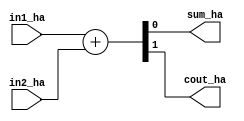
`timescale 1ns / 1ps

// Half Adder 

module HA(in1_ha, in2_ha, sum_ha, cout_ha);
input in1_ha, in2_ha;
output sum_ha, cout_ha;

assign {cout_ha,sum_ha} = in1_ha + in2_ha;

endmodule

// Full Adder

module FA(in1_fa, in2_fa, cin_fa, sum_fa, cout_fa);

input in1_fa, in2_fa, cin_fa;
output sum_fa, cout_fa;

assign {cout_fa,sum_fa} = in1_fa + in2_fa + cin_fa;

endmodule

// Exact 4-2 compressor

module EXACT(x4_ex, x3_ex, x2_ex, x1_ex, cin_ex, sum_ex, carry_ex, cout_ex);

input x4_ex, x3_ex, x2_ex, x1_ex, cin_ex;
output sum_ex, carry_ex, cout_ex;

assign sum_ex = x4_ex ^ x3_ex ^ x2_ex ^ x1_ex ^ cin_ex;
assign cout_ex = (x2_ex ^ x1_ex)&(x3_ex) | (~(x2_ex ^ x1_ex))&(x1_ex);
assign carry_ex = ((x4_ex ^ x3_ex ^ x2_ex ^ x1_ex)&(cin_ex)) | (~(x4_ex ^ x3_ex ^ x2_ex ^ x1_ex))&(x4_ex);
assign b1 = (~(x4_ex ^ x3_ex ^ x2_ex ^ x1_ex));
assign b2 = b1 &(x4_ex);
assign a1 = (x4_ex ^ x3_ex ^ x2_ex ^ x1_ex);
assign a2 = a1&(cin_ex);

endmodule


// Pro 5 approximate compressor

module APPROX_PRO5(x4_ap, x3_ap, x2_ap, x1_ap, sum_ap, cout_ap);

input x4_ap, x3_ap, x2_ap, x1_ap;
output sum_ap, cout_ap;
wire d1,d2,d3,d4,O2,O3,O4;

assign d1 = ~(x1_ap | x2_ap);
assign d2 = ~(x3_ap | x4_ap);
assign d3 = ~(x1_ap & x2_ap);
assign d4 = ~(x3_ap & x4_ap);
assign O2 = (d1 | d2) | (d3 & d4);
assign O3 = (d1 | d2) & (d3 & d4);
assign O4 = d1 & d2;

assign sum_ap = (O3 & (~O4)) | (~O2);
assign cout_ap = ~O3;

endmodule

// Now we are starting the top level module

module Eight_bit_multiplier;

wire [7:0] A=8'b11010011;
wire [7:0] B=8'b11001110;
//output wire [15:0] y;
wire  pp [7:0][7:0];
wire pp2 [3:0][14:0];
wire pp3 [1:0][14:0];
wire pp4 [15:0];
wire carry_e0,carry_e1,carry_e2;

// generating partial products 

genvar i;
genvar j;

for(i = 0; i<8; i=i+1)begin

   for(j = 0; j<8;j = j+1)begin
      assign pp[i][j] = A[j]*B[i];
end
end

// partial products generated

assign pp2[0][0] = pp[0][0];
assign pp2[1][0] = 1'b0;
assign pp2[2][0] = 1'b0;
assign pp2[3][0] = 1'b0;

assign pp2[0][1] = pp[0][1];
assign pp2[1][1] = pp[1][0];
assign pp2[2][1] = 1'b0;
assign pp2[3][1] = 1'b0;

assign pp2[0][2] = pp[0][2];
assign pp2[1][2] = pp[1][1];
assign pp2[2][2] = pp[2][0];
assign pp2[3][2] = 1'b0;

assign pp2[0][3] = pp[0][3];
assign pp2[1][3] = pp[1][2];
assign pp2[2][3] = pp[2][1];
assign pp2[3][3] = pp[3][0];

HA h0 (pp[0][4], pp[1][3], pp2[0][4], pp2[1][5]);
assign pp2[1][4] = pp[2][2];
assign pp2[2][4] = pp[3][1];
assign pp2[3][4] = pp[4][0];

APPROX_PRO5 ap0 (pp[0][5], pp[1][4], pp[2][3], pp[3][2], pp2[0][5], pp2[1][6]);
assign pp2[2][5] = pp[4][1];
assign pp2[3][5] = pp[5][0];

assign pp2[3][6] = pp[6][0];
HA h1 (pp[4][2], pp[5][1], pp2[2][6], pp2[3][7]);
APPROX_PRO5 ap1 (pp[0][6], pp[1][5], pp[2][4], pp[3][3], pp2[0][6], pp2[1][7]);

APPROX_PRO5 ap2 (pp[0][7], pp[1][6], pp[2][5], pp[3][4], pp2[0][7], pp2[1][8]);
APPROX_PRO5 ap3 (pp[4][3], pp[5][2], pp[6][1], pp[7][0], pp2[2][7], pp2[3][8]);

wire carry_in;

assign carry_in = 1'b0;

EXACT e0 (pp[1][7], pp[2][6], pp[3][5], pp[4][4], carry_in, pp2[0][8], carry_e0, pp2[1][9]);
FA f0 (pp[5][3], pp[6][2], pp[7][1], pp2[2][8], pp2[3][9]);

EXACT e1 (pp[2][7], pp[3][6], pp[4][5], pp[5][4], carry_e0, pp2[0][9], carry_e1, pp2[1][10]);
HA h2 (pp[6][3], pp[7][2], pp2[2][9], pp2[3][10]);

assign pp2[2][10] = pp[7][3];
EXACT e2 (pp[3][7], pp[4][6], pp[5][5], pp[6][4], carry_e1, pp2[0][10], carry_e2, pp2[1][11]);

assign pp2[2][11] = pp[6][5];
assign pp2[3][11] = pp[7][4];
FA f1 (pp[4][7], pp[5][6], carry_e2, pp2[0][11], pp2[1][12]);

assign pp2[2][12] = pp[6][6];
assign pp2[3][12] = pp[7][5];
assign pp2[0][12] = pp[5][7];


assign pp2[0][13] = pp[6][7];
assign pp2[1][13] = pp[7][6];
assign pp2[2][13] = 1'b0;
assign pp2[3][13] = 1'b0;

assign pp2[0][14] = pp[7][7];
assign pp2[1][14] = 1'b0;
assign pp2[2][14] = 1'b0;
assign pp2[3][14] = 1'b0;

// Now writing the code for third stage

assign pp3[0][0] = pp2[0][0];
assign pp3[1][0] = 1'b0;

assign pp3[0][1] = pp2[0][1];
assign pp3[1][1] = pp2[1][1];

HA h3 (pp2[0][2], pp2[1][2], pp3[0][2], pp3[1][3]);
assign pp3[1][2] = pp2[2][2];

APPROX_PRO5 ap4 (pp2[0][3], pp2[1][3], pp2[2][3], pp2[3][3], pp3[0][3], pp3[1][4]);

APPROX_PRO5 ap5 (pp2[0][4], pp2[1][4], pp2[2][4], pp2[3][4], pp3[0][4], pp3[1][5]);

APPROX_PRO5 ap6 (pp2[0][5], pp2[1][5], pp2[2][5], pp2[3][5], pp3[0][5], pp3[1][6]);

APPROX_PRO5 ap7 (pp2[0][6], pp2[1][6], pp2[2][6], pp2[3][6], pp3[0][6], pp3[1][7]);

APPROX_PRO5 ap8 (pp2[0][7], pp2[1][7], pp2[2][7], pp2[3][7], pp3[0][7], pp3[1][8]);

wire carry_e3,carry_e4,carry_e5,carry_e6,carry_e7;


EXACT e3 (pp2[0][8], pp2[1][8], pp2[2][8], pp2[3][8], carry_in, pp3[0][8], carry_e3, pp3[1][9]);

EXACT e4 (pp2[0][9], pp2[1][9], pp2[2][9], pp2[3][9], carry_e3, pp3[0][9], carry_e4, pp3[1][10]);

EXACT e5 (pp2[0][10], pp2[1][10], pp2[2][10], pp2[3][10], carry_e4, pp3[0][10], carry_e5, pp3[1][11]);

EXACT e6 (pp2[0][11], pp2[1][11], pp2[2][11], pp2[3][11], carry_e5, pp3[0][11], carry_e6, pp3[1][12]);

EXACT e7 (pp2[0][12], pp2[1][12], pp2[2][12], pp2[3][12], carry_e6, pp3[0][12], carry_e7, pp3[1][13]);

FA f2 (pp2[0][13], pp2[1][13], carry_e7, pp3[0][13], pp3[1][14]);

assign pp3[0][14] = pp2[0][14];

// Last stage 

wire carry4_0,carry4_1,carry4_2,carry4_3,carry4_4,carry4_5,carry4_6,carry4_7,carry4_8,carry4_9,carry4_10,carry4_11,carry4_12,carry4_13,carry4_14;

FA pp4_0 (pp3[0][0], pp3[1][0], 1'b0, pp4[0], carry4_0);

FA pp4_1 (pp3[0][1], pp3[1][1], carry4_0, pp4[1], carry4_1);

FA pp4_2 (pp3[0][2], pp3[1][2], carry4_1, pp4[2], carry4_2);

FA pp4_3 (pp3[0][3], pp3[1][3], carry4_2, pp4[3], carry4_3);

FA pp4_4 (pp3[0][4], pp3[1][4], carry4_3, pp4[4], carry4_4);

FA pp4_5 (pp3[0][5], pp3[1][5], carry4_4, pp4[5], carry4_5);

FA pp4_6 (pp3[0][6], pp3[1][6], carry4_5, pp4[6], carry4_6);

FA pp4_7 (pp3[0][7], pp3[1][7], carry4_6, pp4[7], carry4_7);

FA pp4_8 (pp3[0][8], pp3[1][8], carry4_7, pp4[8], carry4_8);

FA pp4_9 (pp3[0][9], pp3[1][9], carry4_8, pp4[9], carry4_9);

FA pp4_10 (pp3[0][10], pp3[1][10], carry4_9, pp4[10], carry4_10);

FA pp4_11 (pp3[0][11], pp3[1][11], carry4_10, pp4[11], carry4_11);

FA pp4_12 (pp3[0][12], pp3[1][12], carry4_11, pp4[12], carry4_12);

FA pp4_13 (pp3[0][13], pp3[1][13], carry4_12, pp4[13], carry4_13);

FA pp4_14 (pp3[0][14], pp3[1][14], carry4_13, pp4[14], pp4[15]);

endmodule